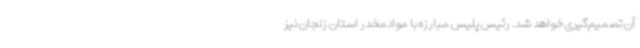
آن تصمیم‌گیری خواهد شد. رئیس پلیس مبارزه با موادمخدر استان زنجان نیز